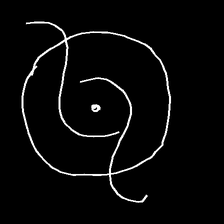
Glyph: repetition